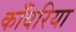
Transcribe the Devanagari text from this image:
काँवरिया